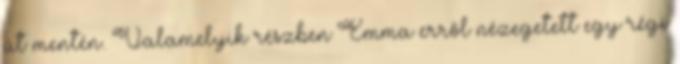
út mentén. Valamelyik részben Emma erről nézegetett egy régi